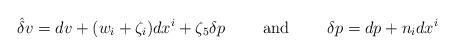
LaTeX: \begin{align*}\hat{\delta } v=dv+(w_{i}+\zeta _i)dx^i+\zeta _{5}\delta p\qquad\mbox{ and } \qquad \delta p=dp+n_i dx^i \end{align*}